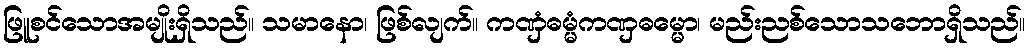
ဖြူစင်သောအမျိုးရှိသည်။ သမာနော၊ ဖြစ်လျက်။ ကဏှံဓမ္မံကဏှဓမ္မော၊ မည်းညစ်သောသဘောရှိသည်။